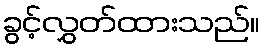
ခွင့်လွှတ်ထားသည်။